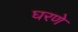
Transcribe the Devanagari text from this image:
घरणे